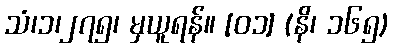
သံ၊၁၊၂၇၅၊ မှယူရန်။ [၀၁] (နိ၊ ၁၆၅)